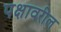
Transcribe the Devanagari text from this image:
पक्षावरील